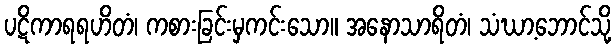
ပဋိကာရရဟိတံ၊ ကစားခြင်းမှကင်းသော။ အနောသာရိတံ၊ သံဃာ့ဘောင်သို့